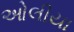
ઓલીયા